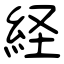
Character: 経